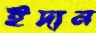
ইদান